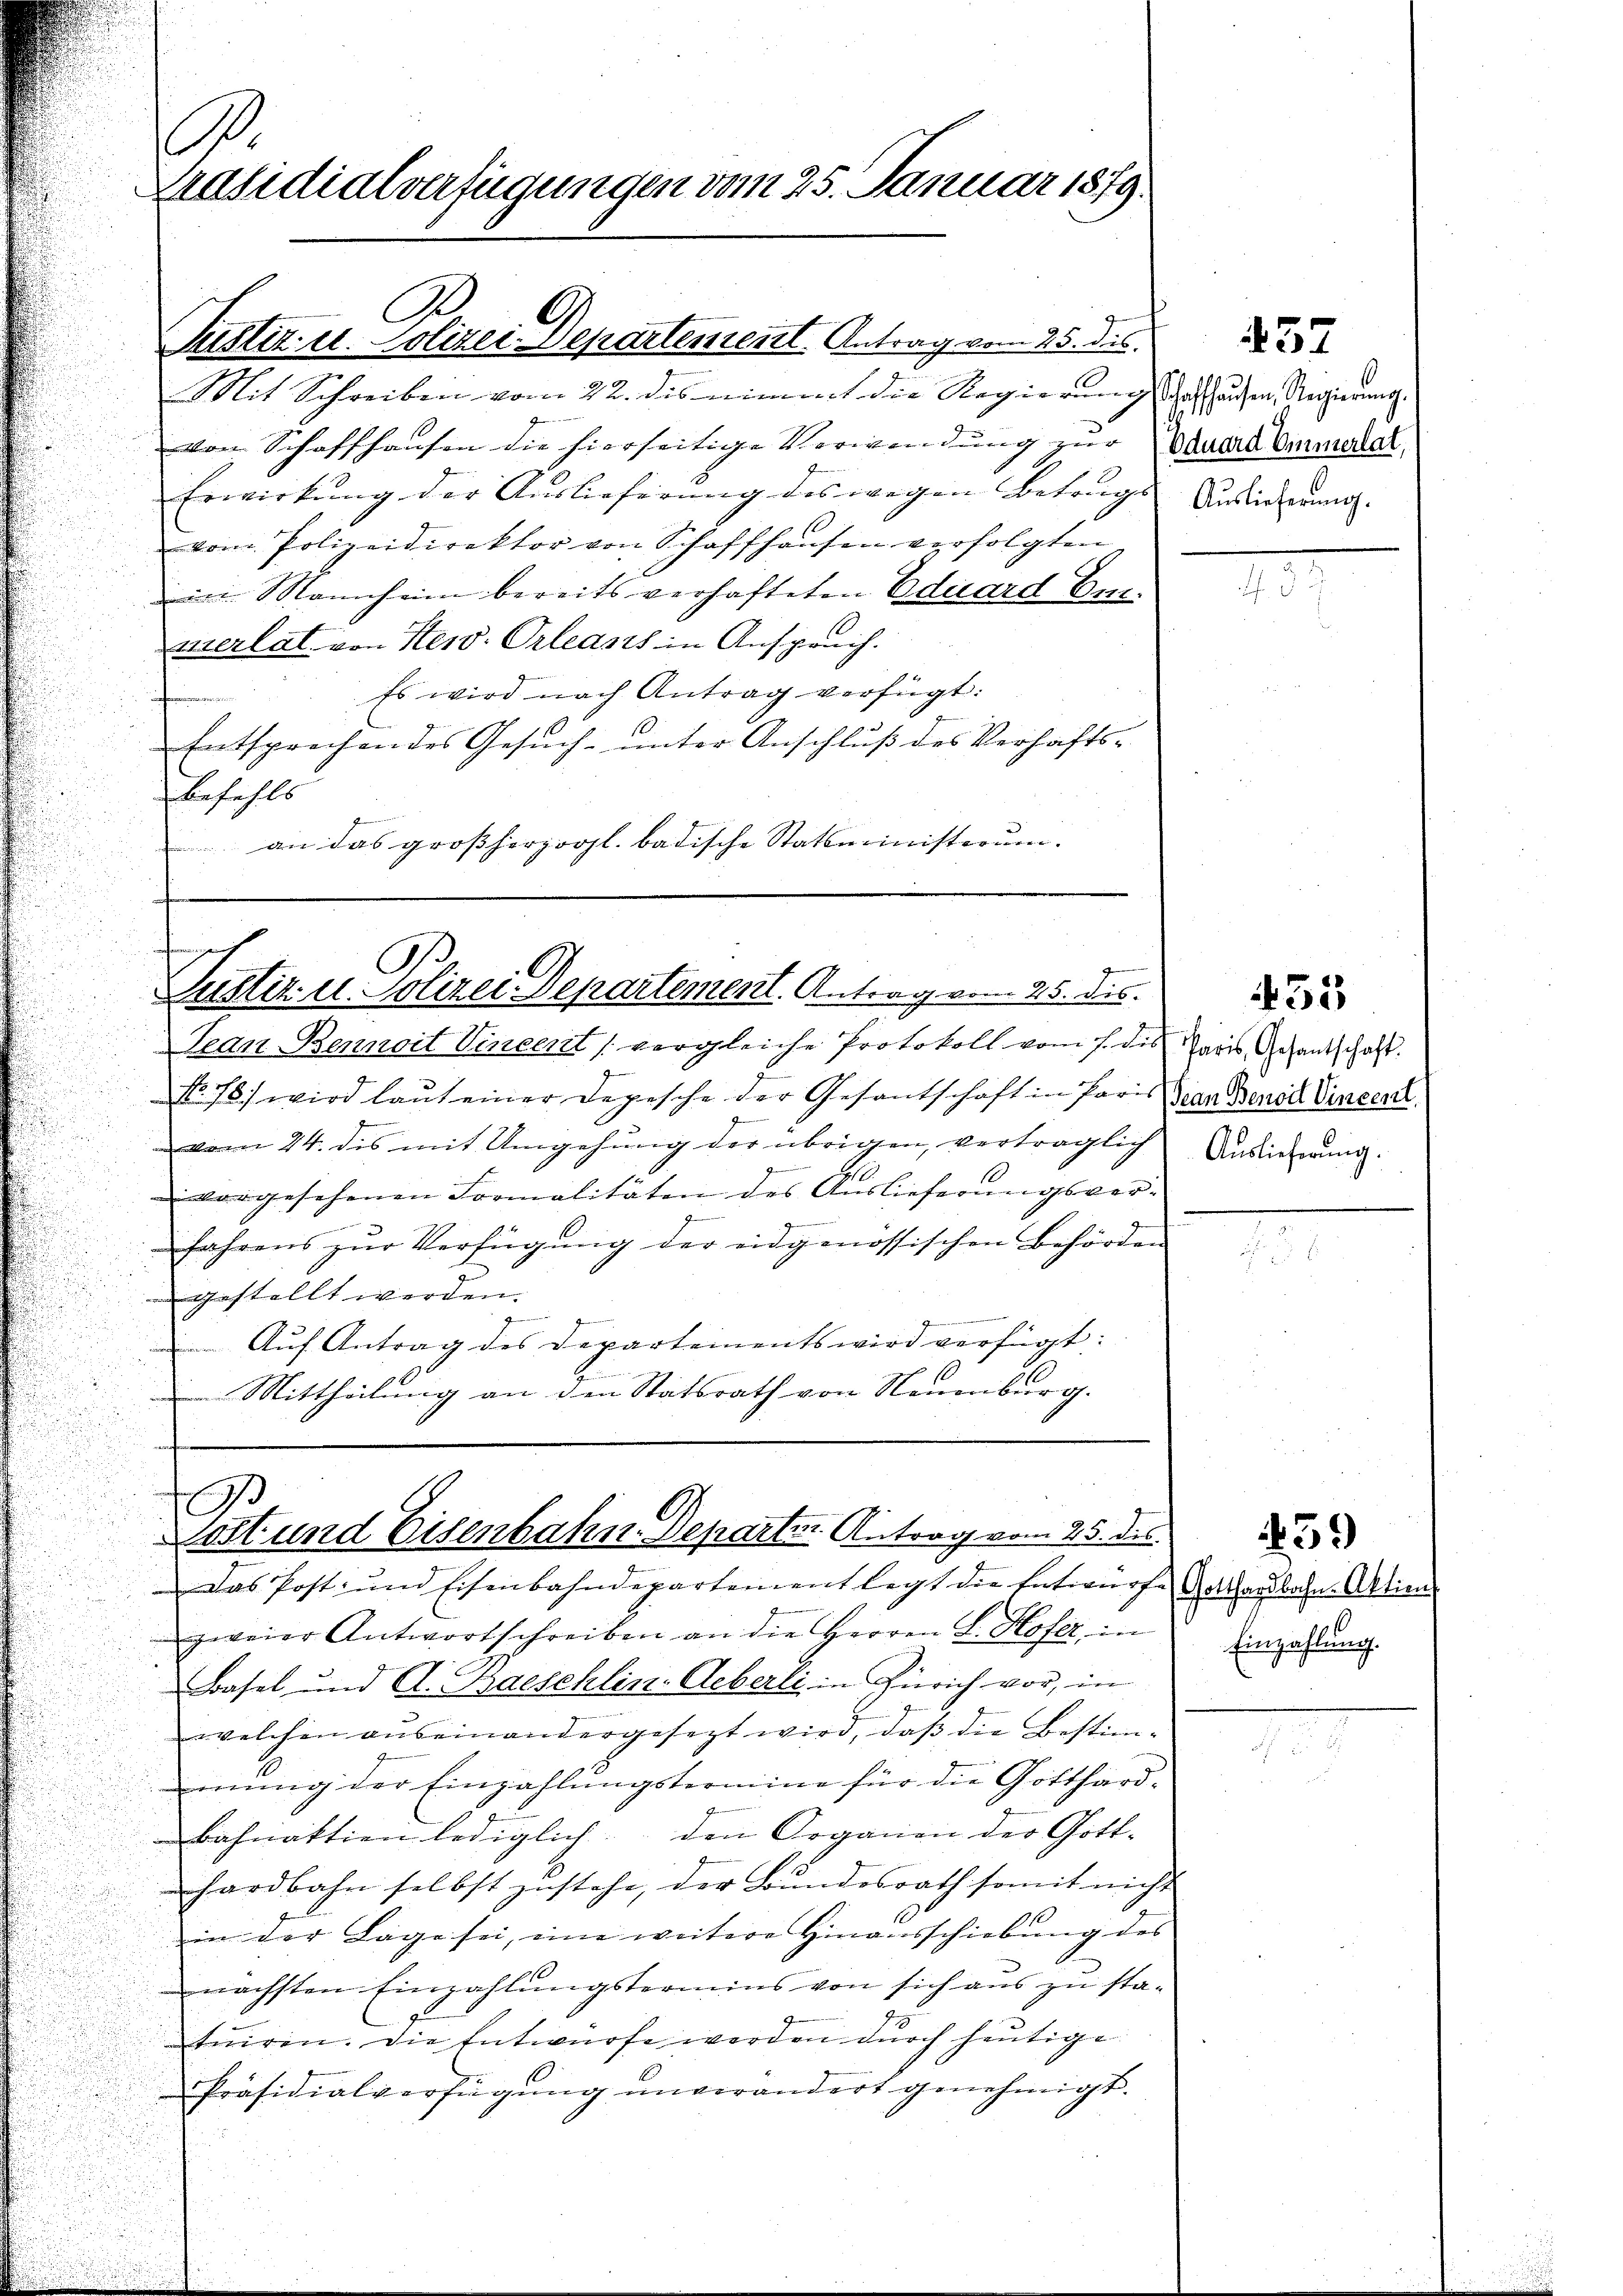
.
Präsidialverfügungen vom 25. Januar 1879.
Justiz u. Polizei Departement. Antrag vom 25. dies
Mit Schreiben vom 22. des nimmt die Regierung schaffhausen, Regierung.

von Schaffhausen die hierseitige Verwendung zur Dauere Ommeral¬
Erwirkung der Auslieferung des wegen Betrags Ansiederung.
vom Polizeidirektor von Schaffhausen verfolgten
in Mannheim bereits verhafteten Eduard Emverlat von New-Orleans in Anspruch.
Es wird nach Antrag verfügt:
Entsprechendes Gesuch- unter Anschluß des Verhafts-
befahls
n
an das großherzogl. badische Statsministerum.

Justiz u. Polizei Departement. Antrag vom 25. ds.

Jean Bennoit Vincent (vergleiche Protokoll vom 1. des Paris, Gesandschaft.
No. 78) wird laut einer Depesche der Gesantschaft in Paris Dran denst Vincent
vom 24. des mit Umgehung der übrigen, verträglich
 vorgesehenen Formalitäten des Auslieferungsverfahrens zŭr Verfügŭng der eidgenössischen Behörden
gestellt werden.
Auf Antrag des Departements wird verfügt:
 Mittheilung an den Statsrath von Neuenburg.

A
Lott und Eisenbahn. Departer Antrag vom 25. ds.

Das Post- und Eisenbahndepartement legt die Entwurfe Gotthardbahn-Aktien
zweier Antwortschreiben an die Herren L. Hofer, in
Basel und A. Baeschlin-Aeberli in Zürich vor, in
welchen auseinandergesezt wird, daβ die Bestim-
mung der Einzahlungstermine für die Gotthard-
Bahnaktion lediglich den Organen der Gott-
hardbahn selbst zustehe, der Bundesrath somit nicht
in der Lage sei, eine weitere Hinausschiebung des
nächsten Einzahlungstermins von sich aus zu sta-
tuiren. Die Entwürfe werden durch heutige
Präsidialverfügung unverändert genehmigt.

57

455

Auslieferung.

59

Einzahlung.